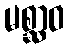
မစ္ဆာဝ